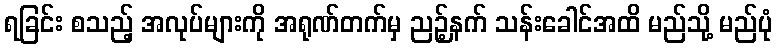
ရခြင်း စသည့် အလုပ်များကို အရုဏ်တက်မှ ညဉ့်နက် သန်းခေါင်အထိ မည်သို့ မည်ပုံ